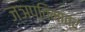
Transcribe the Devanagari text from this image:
ज्ञप्तिमात्रं